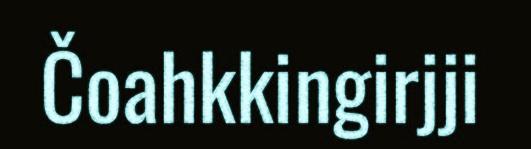
Čoahkkingirjji